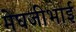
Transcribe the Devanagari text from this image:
मेघजीभाई